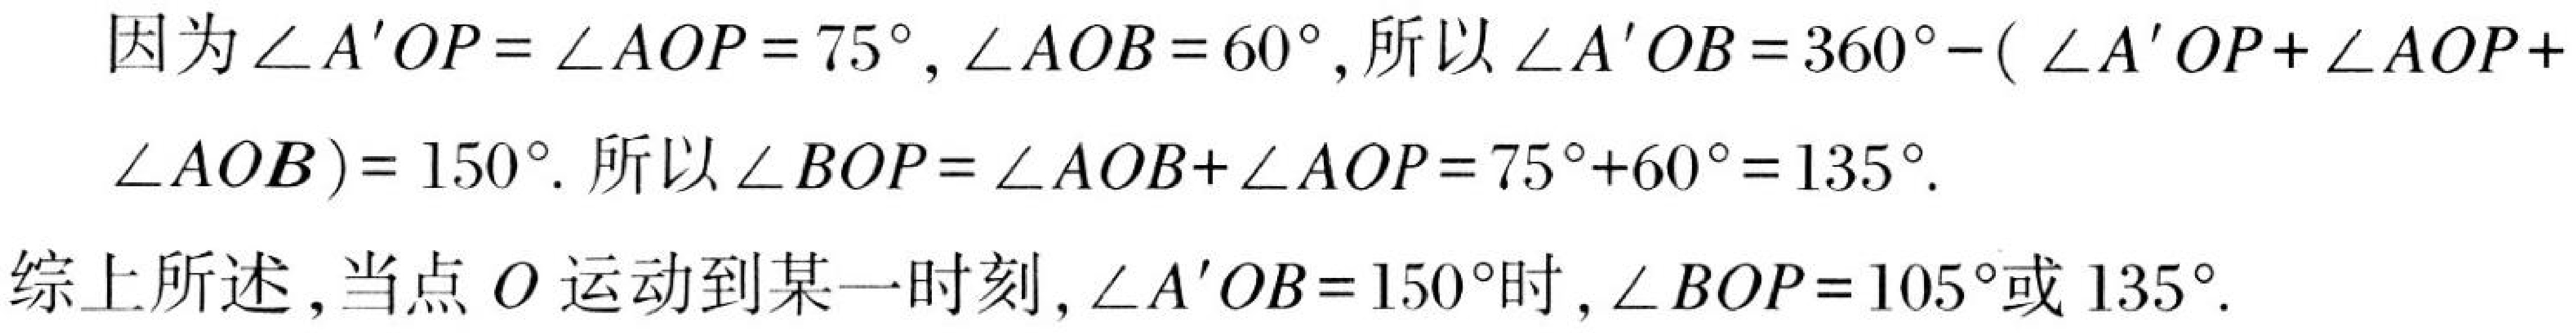
因为\(\angle A'OP=\angle AOP = 75^{\circ}\)，\(\angle AOB = 60^{\circ}\)，所以\(\angle A'OB=360^{\circ}-(\angle A'OP + \angle AOP+\)
\(\angle AOB)=150^{\circ}\). 所以\(\angle BOP=\angle AOB+\angle AOP = 75^{\circ}+60^{\circ}=135^{\circ}\).

综上所述，当点\(O\)运动到某一时刻，\(\angle A'OB = 150^{\circ}\)时，\(\angle BOP = 105^{\circ}\)或\(135^{\circ}\).